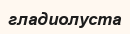
гладиолуста